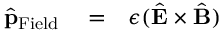
\begin{array} { r l r } { \hat { \bf p } _ { \mathrm { F i e l d } } } & { { } = } & { \epsilon ( \hat { \bf E } \times \hat { \bf B } ) } \end{array}